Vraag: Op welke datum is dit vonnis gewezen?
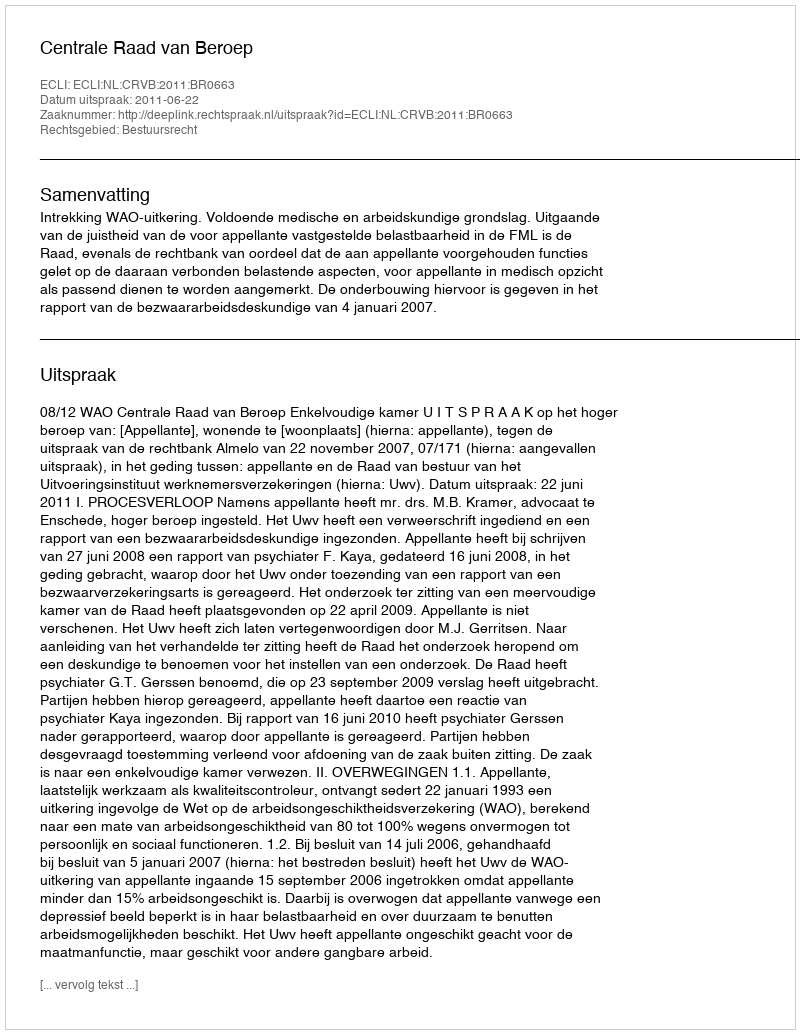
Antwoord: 2011-06-22